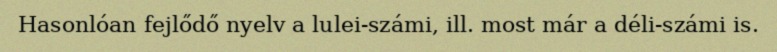
Hasonlóan fejlődő nyelv a lulei-számi, ill. most már a déli-számi is.